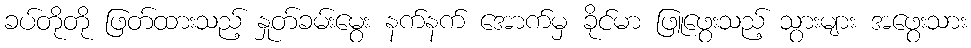
ခပ်တိုတို ဖြတ်ထားသည့် နှုတ်ခမ်းမွေး နက်နက် အောက်မှ ခိုင်မာ ဖြူဖွေးသည့် သွားများ အဖွေးသား